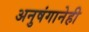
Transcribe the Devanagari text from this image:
अनुषंगानेही